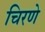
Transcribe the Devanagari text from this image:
चिरणे